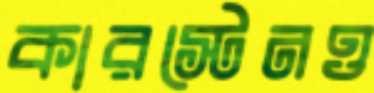
কারস্টেনও